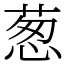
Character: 葱